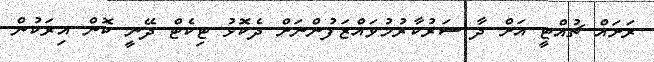
ރަށައް ޗުއްޓީ އަށް ދާ ސަރުކާރުމުވައްޒަފުންނަށް ދެކޮޅު ޓިކެޓް ދޭނީ ކޮން އިރަކުން